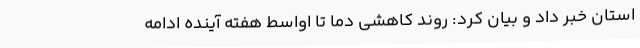
استان خبر داد و بیان کرد: روند کاهشی دما تا اواسط هفته آینده ادامه